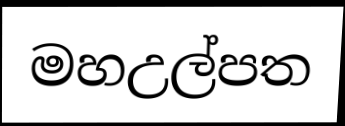
මහඋල්පත